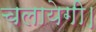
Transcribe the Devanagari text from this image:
चलायेगी।